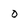
Character: o